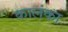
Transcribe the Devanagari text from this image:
कालंका